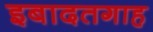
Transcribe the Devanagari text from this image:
इबादतगाह